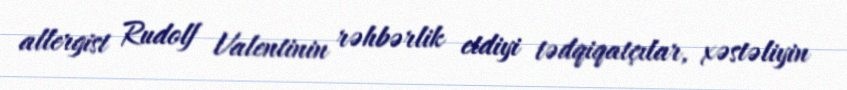
allergist Rudolf Valentinin rəhbərlik etdiyi tədqiqatçılar, xəstəliyin